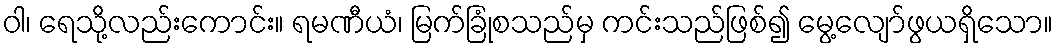
ဝါ၊ ရေသို့လည်းကောင်း။ ရမဏီယံ၊ မြက်ခြုံစသည်မှ ကင်းသည်ဖြစ်၍ မွေ့လျော်ဖွယရှိသော။